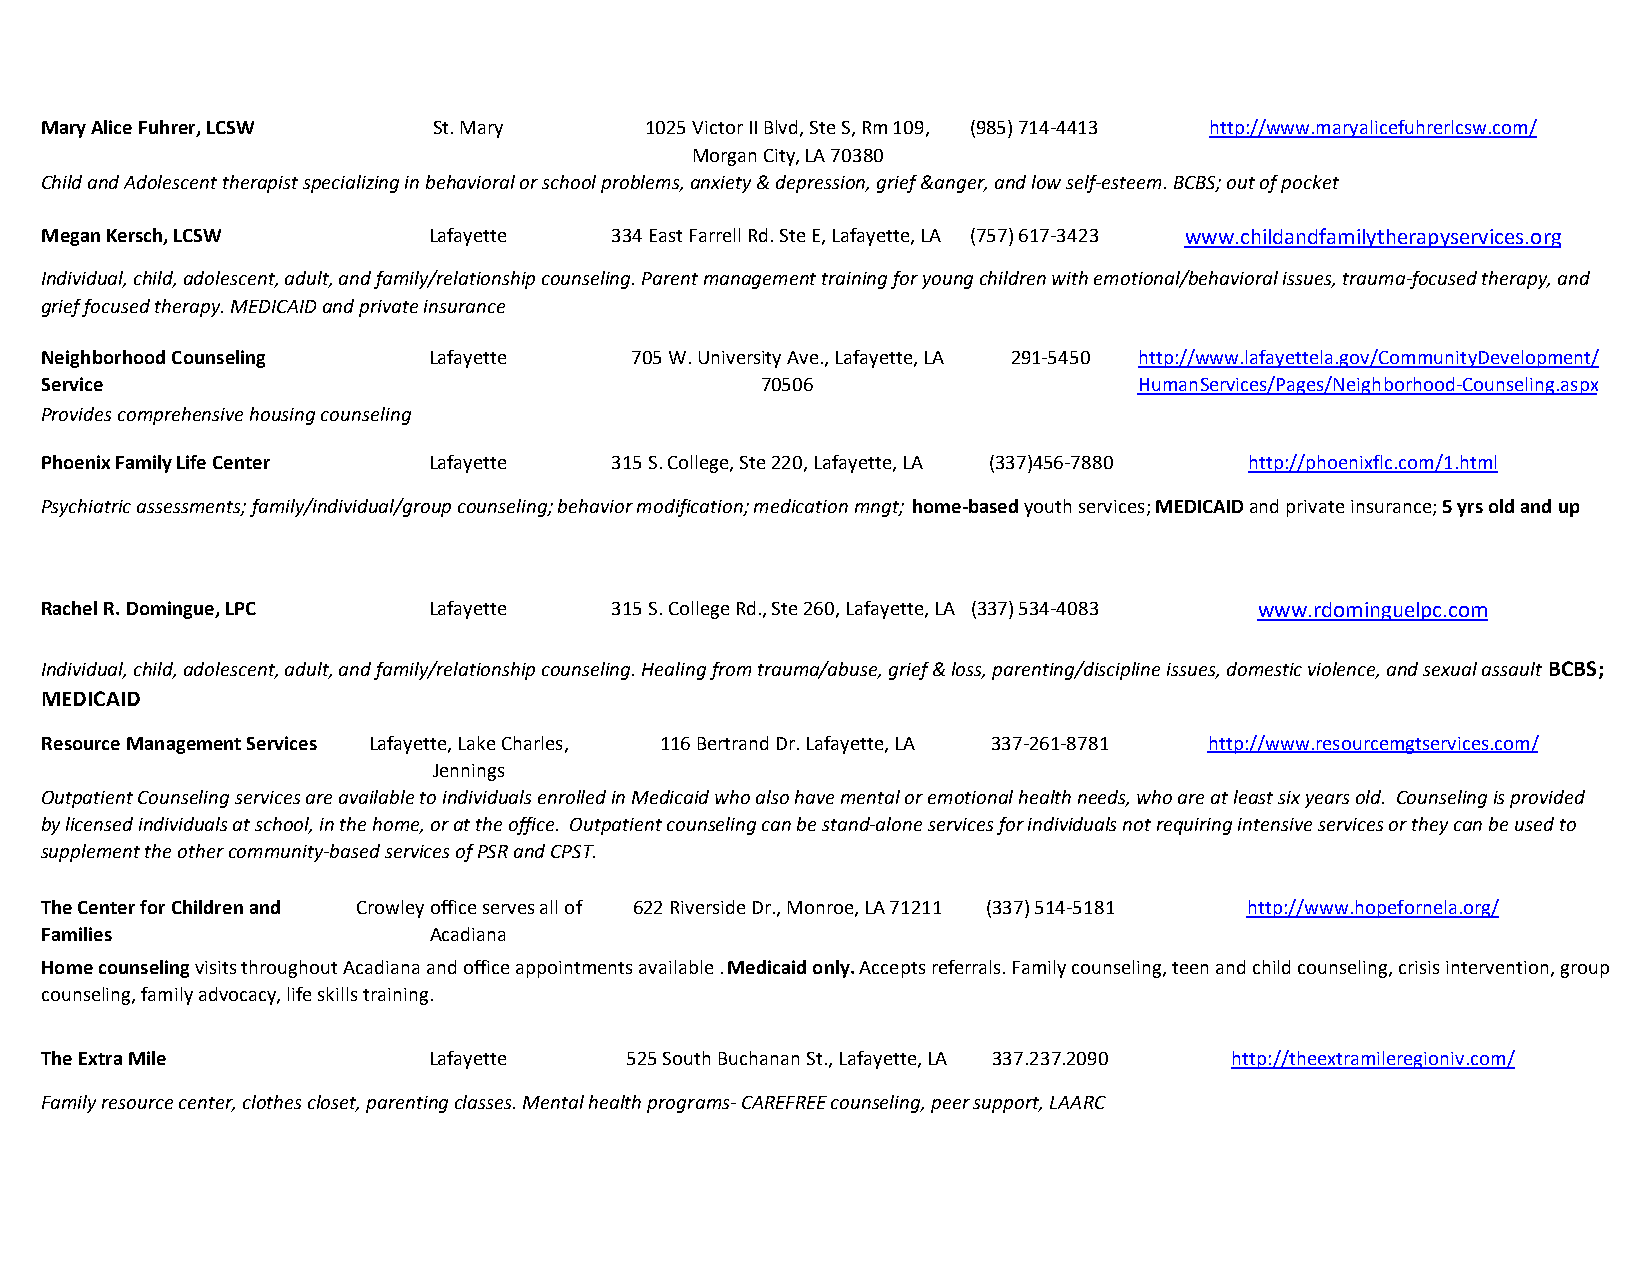
Mary Alice Fuhrer, LCSW   St. Mary      1025 Victor II Blvd, Ste S, Rm 109, (985) 714-4413 http://www.maryalicefuhrerlcsw.com/
 Morgan City, LA 70380
 Child and Adolescent therapist specializing in behavioral or school problems, anxiety & depression, grief &anger, and low self-esteem. BCBS; out of pocket
 Megan Kersch, LCSW       Lafayette    334 East Farrell Rd. Ste E, Lafayette, LA (757) 617-3423 www.childandfamilytherapyservices.org
 Individual, child, adolescent, adult, and family/relationship counseling. Parent management training for young children with emotional/behavioral issues, trauma-focused therapy, and
 grief focused therapy. MEDICAID and private insurance
 Neighborhood Counseling  Lafayette     705 W. University Ave., Lafayette, LA 291-5450 http://www.lafayettela.gov/CommunityDevelopment/
 Service                                        70506                    HumanServices/Pages/Neighborhood-Counseling.aspx
 Provides comprehensive housing counseling
 Phoenix Family Life Center Lafayette  315 S. College, Ste 220, Lafayette, LA (337)456-7880 http://phoenixflc.com/1.html
 Psychiatric assessments; family/individual/group counseling; behavior modification; medication mngt; home-based youth services; MEDICAID and private insurance; 5 yrs old and up
 Rachel R. Domingue, LPC  Lafayette    315 S. College Rd., Ste 260, Lafayette, LA (337) 534-4083 www.rdominguelpc.com
 Individual, child, adolescent, adult, and family/relationship counseling. Healing from trauma/abuse, grief & loss, parenting/discipline issues, domestic violence, and sexual assault BCBS;
 MEDICAID
 Resource Management Services Lafayette, Lake Charles, 116 Bertrand Dr. Lafayette, LA 337-261-8781 http://www.resourcemgtservices.com/
 Jennings
 Outpatient Counseling services are available to individuals enrolled in Medicaid who also have mental or emotional health needs, who are at least six years old. Counseling is provided
 by licensed individuals at school, in the home, or at the office. Outpatient counseling can be stand-alone services for individuals not requiring intensive services or they can be used to
 supplement the other community-based services of PSR and CPST.
 The Center for Children and Crowley office serves all of 622 Riverside Dr., Monroe, LA 71211 (337) 514-5181 http://www.hopefornela.org/
 Families                 Acadiana
 Home counseling visits throughout Acadiana and office appointments available . Medicaid only. Accepts referrals. Family counseling, teen and child counseling, crisis intervention, group
 counseling, family advocacy, life skills training.
 The Extra Mile           Lafayette    525 South Buchanan St., Lafayette, LA 337.237.2090 http://theextramileregioniv.com/
 Family resource center, clothes closet, parenting classes. Mental health programs- CAREFREE counseling, peer support, LAARC